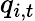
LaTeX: q_{i,t}